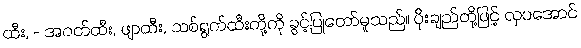
ထီး, - အဝတ်ထီး, ဖျာထီး, သစ်ရွက်ထီးတို့ကို ခွင့်ပြုတော်မူသည်။ ပိုးချည်တို့ဖြင့် လှပအောင်